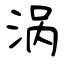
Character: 涡